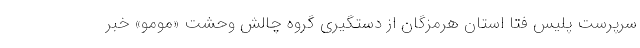
سرپرست پلیس فتا استان هرمزگان از دستگیری گروه چالش وحشت «مومو» خبر